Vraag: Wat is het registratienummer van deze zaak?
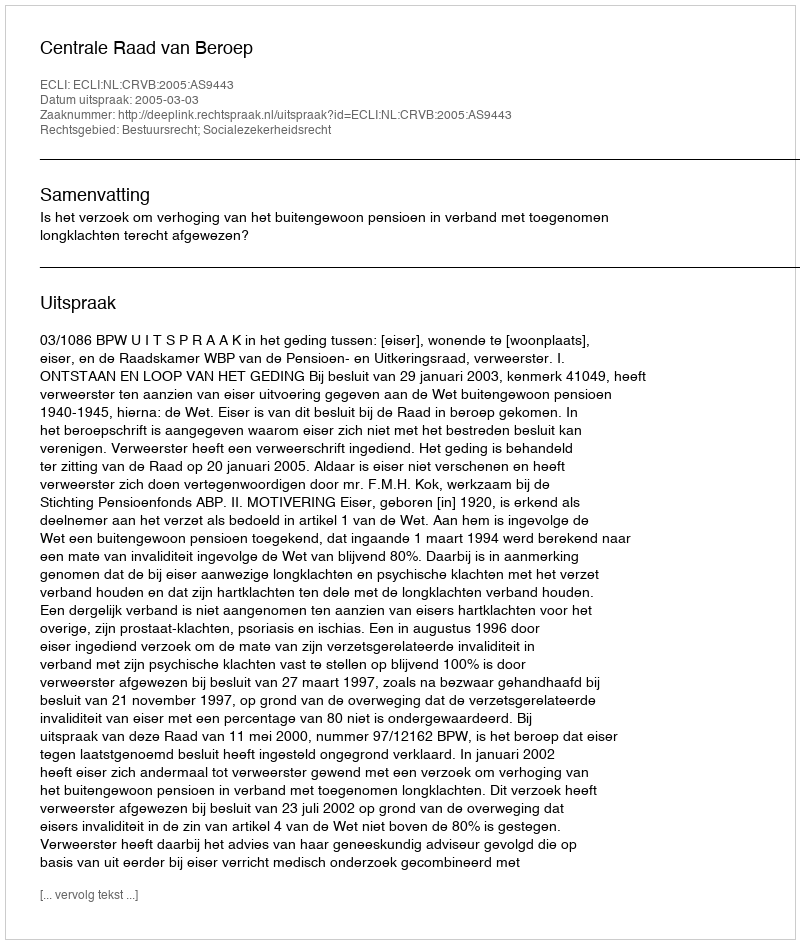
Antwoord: http://deeplink.rechtspraak.nl/uitspraak?id=ECLI:NL:CRVB:2005:AS9443